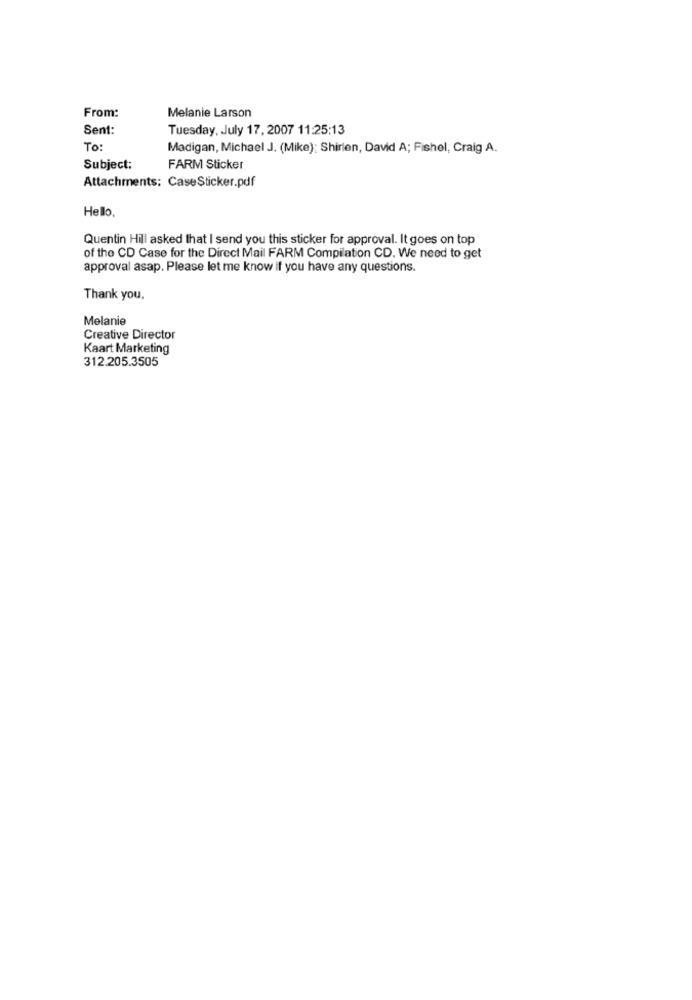
Melanie Larson
From:
Sent:
Tuesday, July 17, 2007 11:25:13
To:
Madigan, Michael J. (Mike): Shirien, David A; Fishel, Craig A.
Subject:
FARM Sticker
Attachments: CaseSticker.pdf
Hello,
Quentin Hill asked that I send you this sticker for approval. It goes on top
of the CD Case for the Direct Mail FARM Compilation CD. We need to get
approval asap. Please let me know if you have any questions.
Thank you.
Melanie
Creative Director
Kaart Marketing
312.205.3505